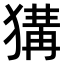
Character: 𤠰